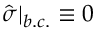
\hat { \sigma } | _ { b . c . } \equiv 0